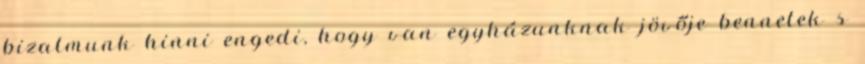
bizalmunk hinni engedi, hogy van egyházunknak jövője bennetek s